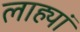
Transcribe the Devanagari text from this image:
लाह्यां